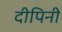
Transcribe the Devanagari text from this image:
दीपिनी